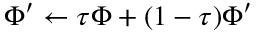
\Phi ^ { \prime } \leftarrow \tau \Phi + ( 1 - \tau ) \Phi ^ { \prime }